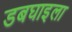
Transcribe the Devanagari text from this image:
डबघाइला